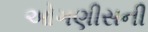
ઓગણીસની